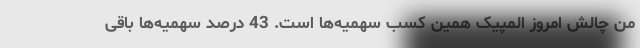
من چالش امروز المپیک همین کسب سهمیه‌ها است. 43 درصد سهمیه‌ها باقی